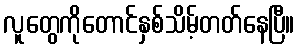
လူတွေကိုတောင်နှစ်သိမ့်တတ်နေပြီ။